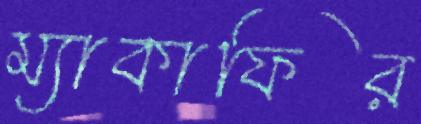
ম্যাকাফির